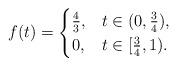
LaTeX: \begin{align*}f(t)=\begin{cases}\frac{4}{3}, &t\in(0,\frac{3}{4}),\\0, &t\in[\frac{3}{4},1).\end{cases}\end{align*}